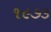
૧૯૭૩